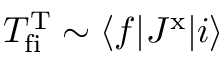
T _ { \mathrm { f i } } ^ { \mathrm { T } } \sim \langle f | J ^ { \mathrm { x } } | i \rangle